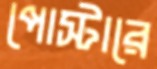
পোস্টারে